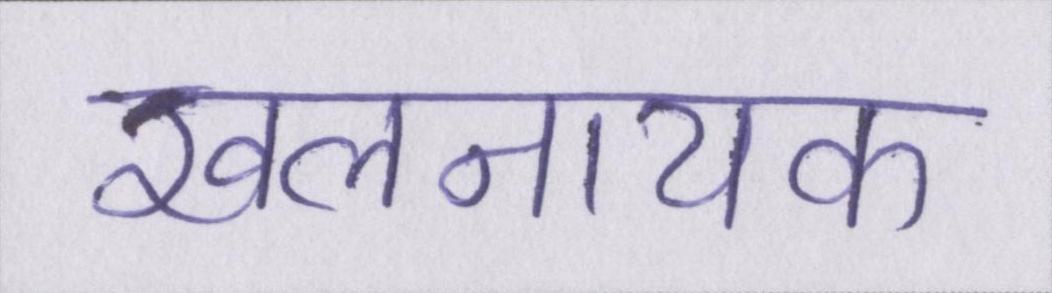
खलनायक